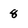
Character: 8